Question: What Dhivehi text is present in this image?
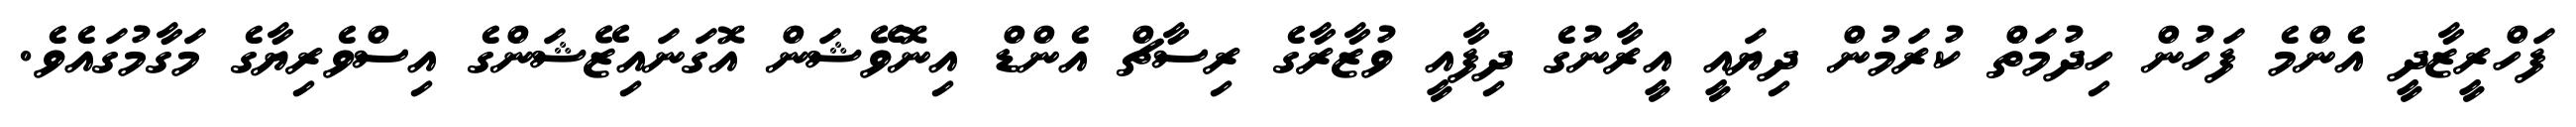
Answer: ފަހްރީޒާދީ އެންމެ ފަހުން ހިދުމަތް ކުރަމުން ދިޔައީ އީރާނުގެ ދިފާއީ ވުޒާރާގެ ރިސާޗް އެންޑް އިނޮވޭޝަން އޮގަނައިޒޭޝަންގެ އިސްވެރިޔާގެ މަގާމުގައެވެ.